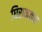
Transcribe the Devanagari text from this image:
घिसककर